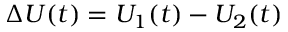
\Delta U ( t ) = U _ { 1 } ( t ) - U _ { 2 } ( t )